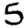
Digit: 5